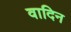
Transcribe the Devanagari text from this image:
वादिन